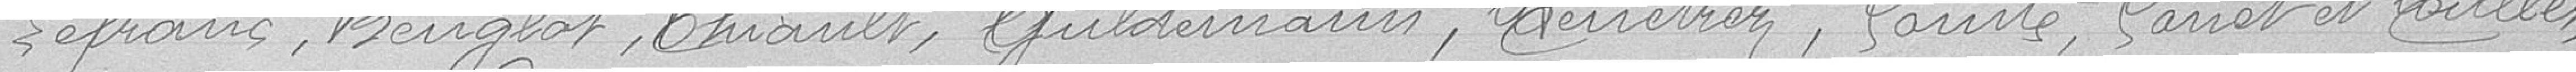
Lefranc, Beuglas, Thiault, Guldermann, Menetraz, Gantz, Parrot et Muller